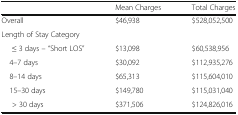
<table><thead><tr><td>[EMPTY_CELL]</td><td><b>Mean Charges</b></td><td><b>Total Charges</b></td></tr></thead><tbody><tr><td>Overall</td><td>$46,938</td><td>$528,052,500</td></tr><tr><td colspan="2">Length of Stay Category</td><td>[EMPTY_CELL]</td></tr><tr><td>≤ 3 days – “Short LOS”</td><td>$13,098</td><td>$60,538,956</td></tr><tr><td> 4–7 days</td><td>$30,092</td><td>$112,935,276</td></tr><tr><td> 8–14 days</td><td>$65,313</td><td>$115,604,010</td></tr><tr><td> 15–30 days</td><td>$149,780</td><td>$115,031,040</td></tr><tr><td>&gt; 30 days</td><td>$371,506</td><td>$124,826,016</td></tr></tbody></table>